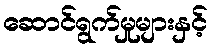
ဆောင်ရွက်မှုများနှင့်